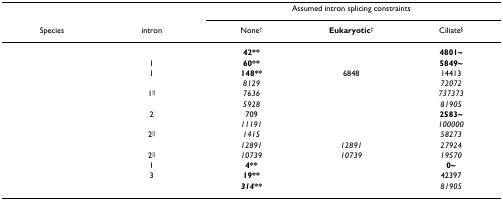
<table><thead><tr><td>[EMPTY_CELL]</td><td>[EMPTY_CELL]</td><td colspan="3"><b>Assumed intron splicing constraints</b></td></tr><tr><td><b>Species</b></td><td><b>intron</b></td><td><b>None<sup>†</sup></b></td><td><b>Eukaryotic<sup>‡</sup></b></td><td><b>Ciliate<sup>§</sup></b></td></tr></thead><tbody><tr><td>[EMPTY_CELL]</td><td>[EMPTY_CELL]</td><td><b>42**</b></td><td>[EMPTY_CELL]</td><td><b>4801~</b></td></tr><tr><td>[EMPTY_CELL]</td><td>1</td><td><b>60**</b></td><td>[EMPTY_CELL]</td><td><b>5849~</b></td></tr><tr><td>[EMPTY_CELL]</td><td>1</td><td><b>148**</b></td><td>6848</td><td>14413</td></tr><tr><td>[EMPTY_CELL]</td><td>[EMPTY_CELL]</td><td><i>8129</i></td><td>[EMPTY_CELL]</td><td><i>72072</i></td></tr><tr><td>[EMPTY_CELL]</td><td>1<sup>||</sup></td><td><i>7636</i></td><td>[EMPTY_CELL]</td><td><i>737373</i></td></tr><tr><td>[EMPTY_CELL]</td><td>[EMPTY_CELL]</td><td><i>5928</i></td><td>[EMPTY_CELL]</td><td><i>81905</i></td></tr><tr><td>[EMPTY_CELL]</td><td>2</td><td>709</td><td>[EMPTY_CELL]</td><td><b>2583~</b></td></tr><tr><td>[EMPTY_CELL]</td><td>[EMPTY_CELL]</td><td><i>11191</i></td><td>[EMPTY_CELL]</td><td><i>100000</i></td></tr><tr><td>[EMPTY_CELL]</td><td>2<sup>||</sup></td><td><i>1415</i></td><td>[EMPTY_CELL]</td><td><i>58273</i></td></tr><tr><td>[EMPTY_CELL]</td><td>[EMPTY_CELL]</td><td><i>12891</i></td><td><i>12891</i></td><td><i>27924</i></td></tr><tr><td>[EMPTY_CELL]</td><td>2<sup>||</sup></td><td><i>10739</i></td><td><i>10739</i></td><td><i>19570</i></td></tr><tr><td>[EMPTY_CELL]</td><td>1</td><td><b>4**</b></td><td>[EMPTY_CELL]</td><td><b>0~</b></td></tr><tr><td>[EMPTY_CELL]</td><td>3</td><td><b>19**</b></td><td>[EMPTY_CELL]</td><td>42397</td></tr><tr><td>[EMPTY_CELL]</td><td>[EMPTY_CELL]</td><td><b><i>314**</i></b></td><td>[EMPTY_CELL]</td><td><i>81905</i></td></tr></tbody></table>